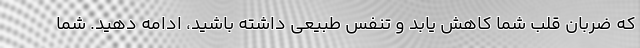
که ضربان قلب شما کاهش یابد و تنفس طبیعی داشته باشید، ادامه دهید. شما